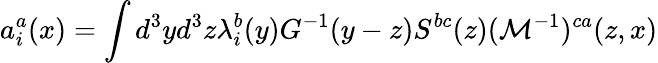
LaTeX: a_{i}^{a}(x)=\int d^{3}yd^{3}z\lambda_{i}^{b}(y)G^{-1}(y-z)S^{bc}(z)({\cal M}^{-1})^{ca}(z,x)